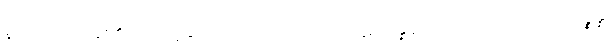
နာလကရဟန်း၏ အကျင့်နှင့်တူသော အကျင့်ကို။ ပဋိပန္နေနာပိ၊ ကျင့်သော်လည်း။ ပဉ္စန္နံ